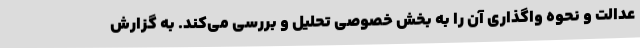
عدالت و نحوه واگذاری آن را به بخش خصوصی تحلیل و بررسی می‌کند. به گزارش